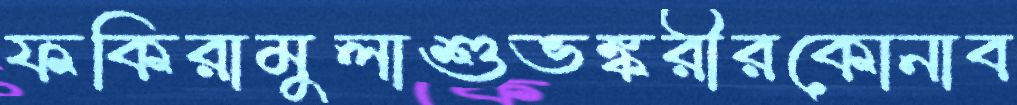
ফকিরামুলাশুভঙ্করীরকোনাব